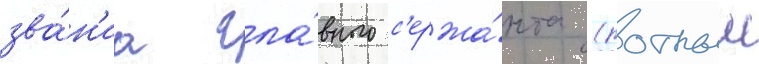
зва́н'иа гла́вного с'ержа́нта (ротныи